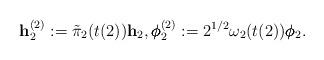
LaTeX: \begin{align*} \mathbf h_2^{(2)} := \tilde{\pi}_2(t(2)) \mathbf h_2, \pmb{\phi}_2^{(2)} := 2^{1/2}\omega_2(t(2)) \pmb{\phi}_2.\end{align*}